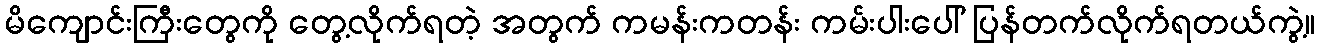
မိကျောင်းကြီးတွေကို တွေ့လိုက်ရတဲ့ အတွက် ကမန်းကတန်း ကမ်းပါးပေါ် ပြန်တက်လိုက်ရတယ်ကွဲ့။